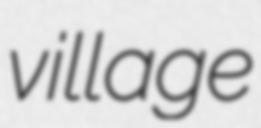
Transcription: village